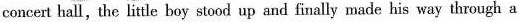
concert hall, the little boy stood up and finally made his way through a